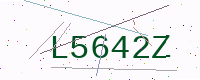
Text: L5642Z